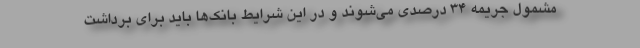
مشمول جریمه 34 درصدی می‌شوند و در این شرایط بانک‌ها باید برای برداشت